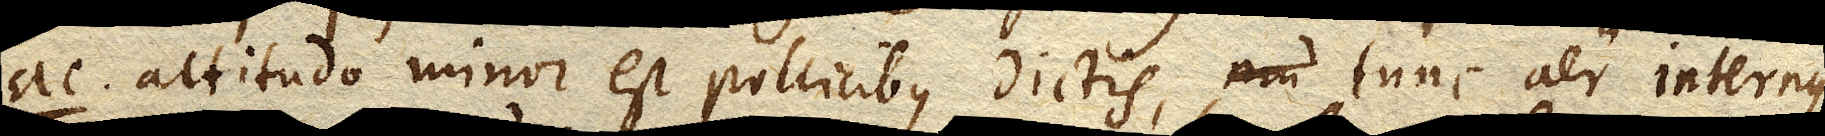
ac altitudo minor est pollicibus dictis, tunc aer internus